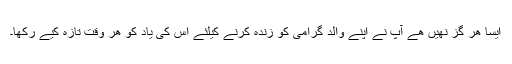
ایسا ھر گز نھیں ھے آپ نے اپنے والد گرامی کو زندہ کرنے کیلئے اس کی یاد کو ھر وقت تازہ کیے رکھا۔